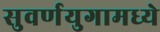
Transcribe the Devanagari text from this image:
सुवर्णयुगामध्ये